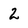
Character: 2